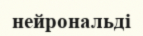
нейрональді